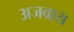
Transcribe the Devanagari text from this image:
अजवाय